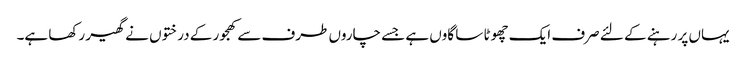
یہاں پر رہنے کے لئے صرف ایک چھوٹا سا گاوں ہے جسے چاروں طرف سے کھجور کے درختوں نے گھیر رکھا ہے۔